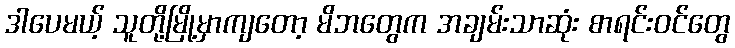
ဒါပေမယ့် သူတို့မြို့မှာကျတော့ မိဘတွေက အချမ်းသာဆုံး စာရင်းဝင်တွေ